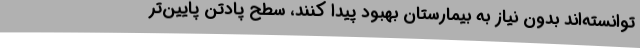
توانسته‌اند بدون نیاز به بیمارستان بهبود پیدا کنند، سطح پادتن پایین‌تر